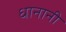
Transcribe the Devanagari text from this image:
धानानी